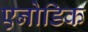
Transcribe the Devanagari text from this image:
एनोडिक